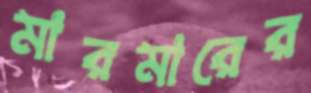
মারমারের